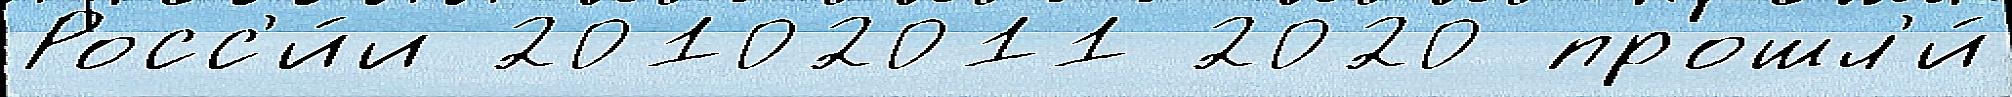
Росс'и́и 20102011 2020 прошл'и́